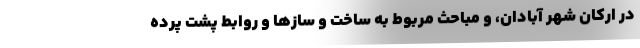
در ارکان شهر آبادان، و مباحث مربوط به ساخت و سازها و روابط پشت پرده